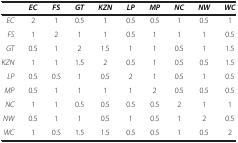
<table><thead><tr><td><b> </b></td><td><b><i>EC</i></b></td><td><b><i>FS</i></b></td><td><b><i>GT</i></b></td><td><b><i>KZN</i></b></td><td><b><i>LP</i></b></td><td><b><i>MP</i></b></td><td><b><i>NC</i></b></td><td><b><i>NW</i></b></td><td><b><i>WC</i></b></td></tr></thead><tbody><tr><td><i>EC</i></td><td>2</td><td>1</td><td>0.5</td><td>1</td><td>0.5</td><td>0.5</td><td>1</td><td>0.5</td><td>1</td></tr><tr><td><i>FS</i></td><td>1</td><td>2</td><td>1</td><td>1</td><td>0.5</td><td>1</td><td>1</td><td>1</td><td>0.5</td></tr><tr><td><i>GT</i></td><td>0.5</td><td>1</td><td>2</td><td>1.5</td><td>1</td><td>1</td><td>0.5</td><td>1</td><td>1.5</td></tr><tr><td><i>KZN</i></td><td>1</td><td>1</td><td>1.5</td><td>2</td><td>0.5</td><td>1</td><td>0.5</td><td>0.5</td><td>1.5</td></tr><tr><td><i>LP</i></td><td>0.5</td><td>0.5</td><td>1</td><td>0.5</td><td>2</td><td>1</td><td>0.5</td><td>1</td><td>0.5</td></tr><tr><td><i>MP</i></td><td>0.5</td><td>1</td><td>1</td><td>1</td><td>1</td><td>2</td><td>0.5</td><td>0.5</td><td>0.5</td></tr><tr><td><i>NC</i></td><td>1</td><td>1</td><td>0.5</td><td>0.5</td><td>0.5</td><td>0.5</td><td>2</td><td>1</td><td>1</td></tr><tr><td><i>NW</i></td><td>0.5</td><td>1</td><td>1</td><td>0.5</td><td>1</td><td>0.5</td><td>1</td><td>2</td><td>0.5</td></tr><tr><td><i>WC</i></td><td>1</td><td>0.5</td><td>1.5</td><td>1.5</td><td>0.5</td><td>0.5</td><td>1</td><td>0.5</td><td>2</td></tr></tbody></table>